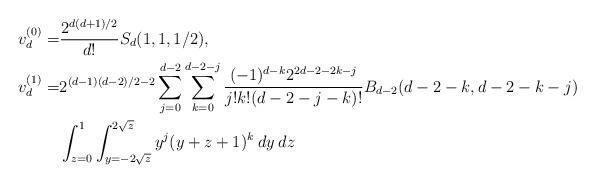
LaTeX: \begin{align*}v_d^{(0)} =& \frac{2^{d(d + 1)/2}}{d!}S_d(1,1,1/2),\\v_d^{(1)} =& 2^{(d - 1)(d - 2)/2-2}\sum_{j=0}^{d-2}\sum_{k=0}^{d-2-j}\frac{(-1)^{d-k}2^{2d-2-2k-j}}{j!k!(d-2-j-k)!}B_{d-2}(d-2-k,d-2-k-j)\\&\int_{z=0}^{1}\int_{y=-2\sqrt{z}}^{2\sqrt{z}} y^j(y+z+1)^k\:dy\:dz\end{align*}